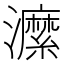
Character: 𤃰